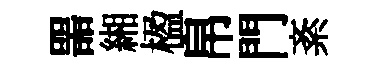
噐緗楹帛門紊